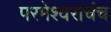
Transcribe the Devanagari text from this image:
परमेश्वराचंच